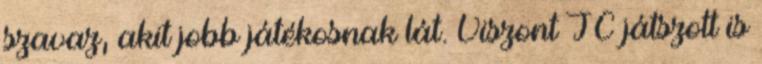
szavaz, akit jobb játékosnak lát. Viszont JC játszott is